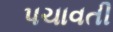
પચાવતી